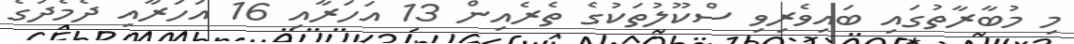
މި މުބާރާތުގައި ބައިވެރިވި ސްކޫލުތަކުގެ ތެރެއިން 13 އަހަރާއި 16 އަހަރާއި ދެމެދުގެ